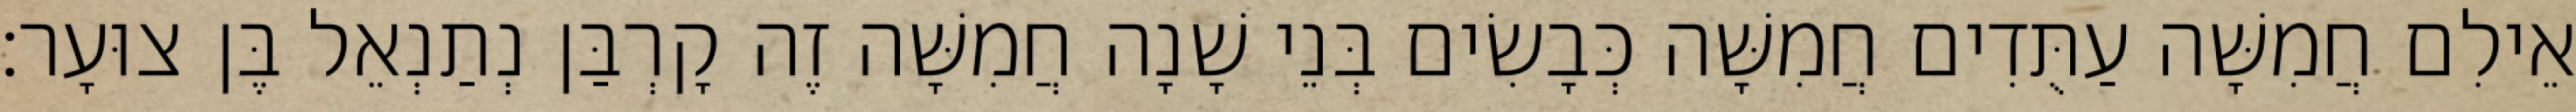
אֵילִם חֲמִשָּׁה עַתֻּדִים חֲמִשָּׁה כְּבָשִׂים בְּנֵי שָׁנָה חֲמִשָּׁה זֶה קָרְבַּן נְתַנְאֵל בֶּן צוּעָר׃